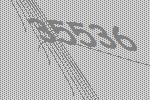
35536